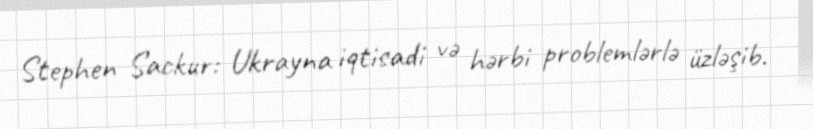
Stephen Sackur: Ukrayna iqtisadi və hərbi problemlərlə üzləşib.